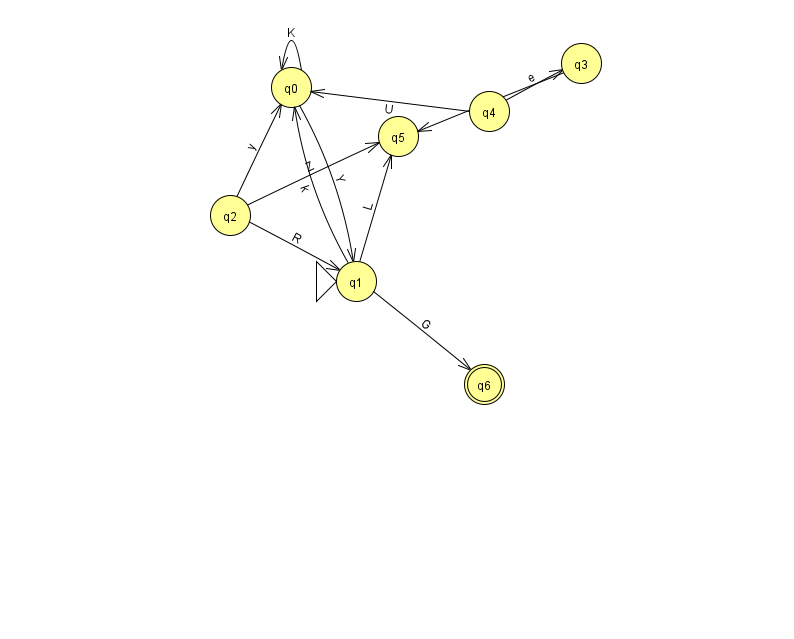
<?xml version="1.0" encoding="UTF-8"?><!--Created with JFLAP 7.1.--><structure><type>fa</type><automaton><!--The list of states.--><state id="0" name="q0"><x>291.0</x><y>74.0</y></state><state id="1" name="q1"><x>356.0</x><y>268.0</y><initial/></state><state id="2" name="q2"><x>230.0</x><y>202.0</y></state><state id="3" name="q3"><x>581.0</x><y>50.0</y></state><state id="4" name="q4"><x>489.0</x><y>98.0</y></state><state id="5" name="q5"><x>398.0</x><y>123.0</y></state><state id="6" name="q6"><x>484.0</x><y>371.0</y><final/></state><!--The list of transitions.--><transition><from>1</from><to>0</to><read>k</read></transition><transition><from>2</from><to>5</to><read>Z</read></transition><transition><from>3</from><to>5</to><read>d</read></transition><transition><from>0</from><to>1</to><read>Y</read></transition><transition><from>1</from><to>6</to><read>G</read></transition><transition><from>4</from><to>3</to><read>e</read></transition><transition><from>2</from><to>1</to><read>R</read></transition><transition><from>4</from><to>0</to><read>U</read></transition><transition><from>2</from><to>0</to><read>y</read></transition><transition><from>0</from><to>0</to><read>K</read></transition><transition><from>1</from><to>5</to><read>L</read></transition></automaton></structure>